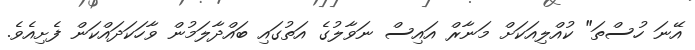
އޭނަ ހުސްތަ" ކުއްލިއަކަށް މަނާރް އައިސް ނަވާލުގެ އަތުގައި ބައްދާލަމުން ވާހަކަދައްކަން ފެށިއެވެ.